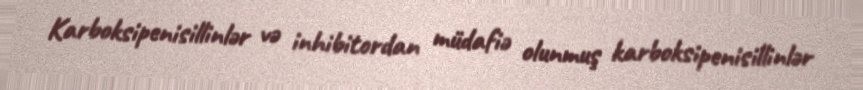
Karboksipenisillinlər və inhibitordan müdafiə olunmuş karboksipenisillinlər